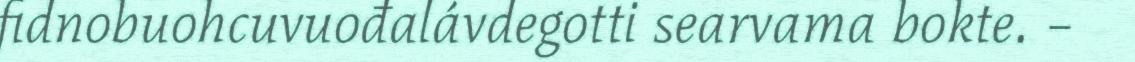
fidnobuohcuvuođalávdegotti searvama bokte. –